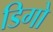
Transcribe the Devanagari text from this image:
डिगो